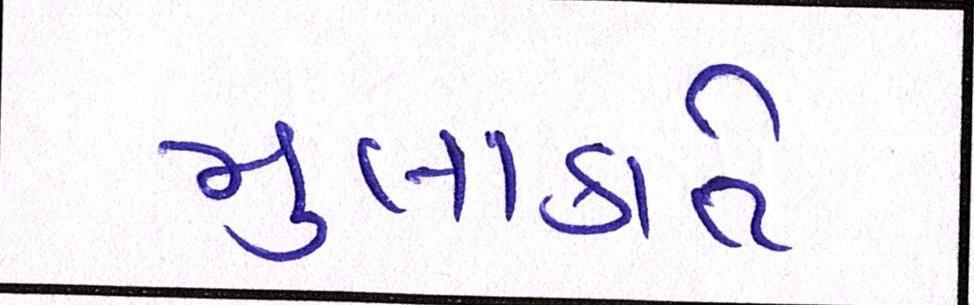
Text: મુલાકાતે